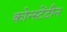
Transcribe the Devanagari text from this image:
कोन्स्टेंटीन